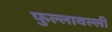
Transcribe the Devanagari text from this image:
फुल्लावल्ली